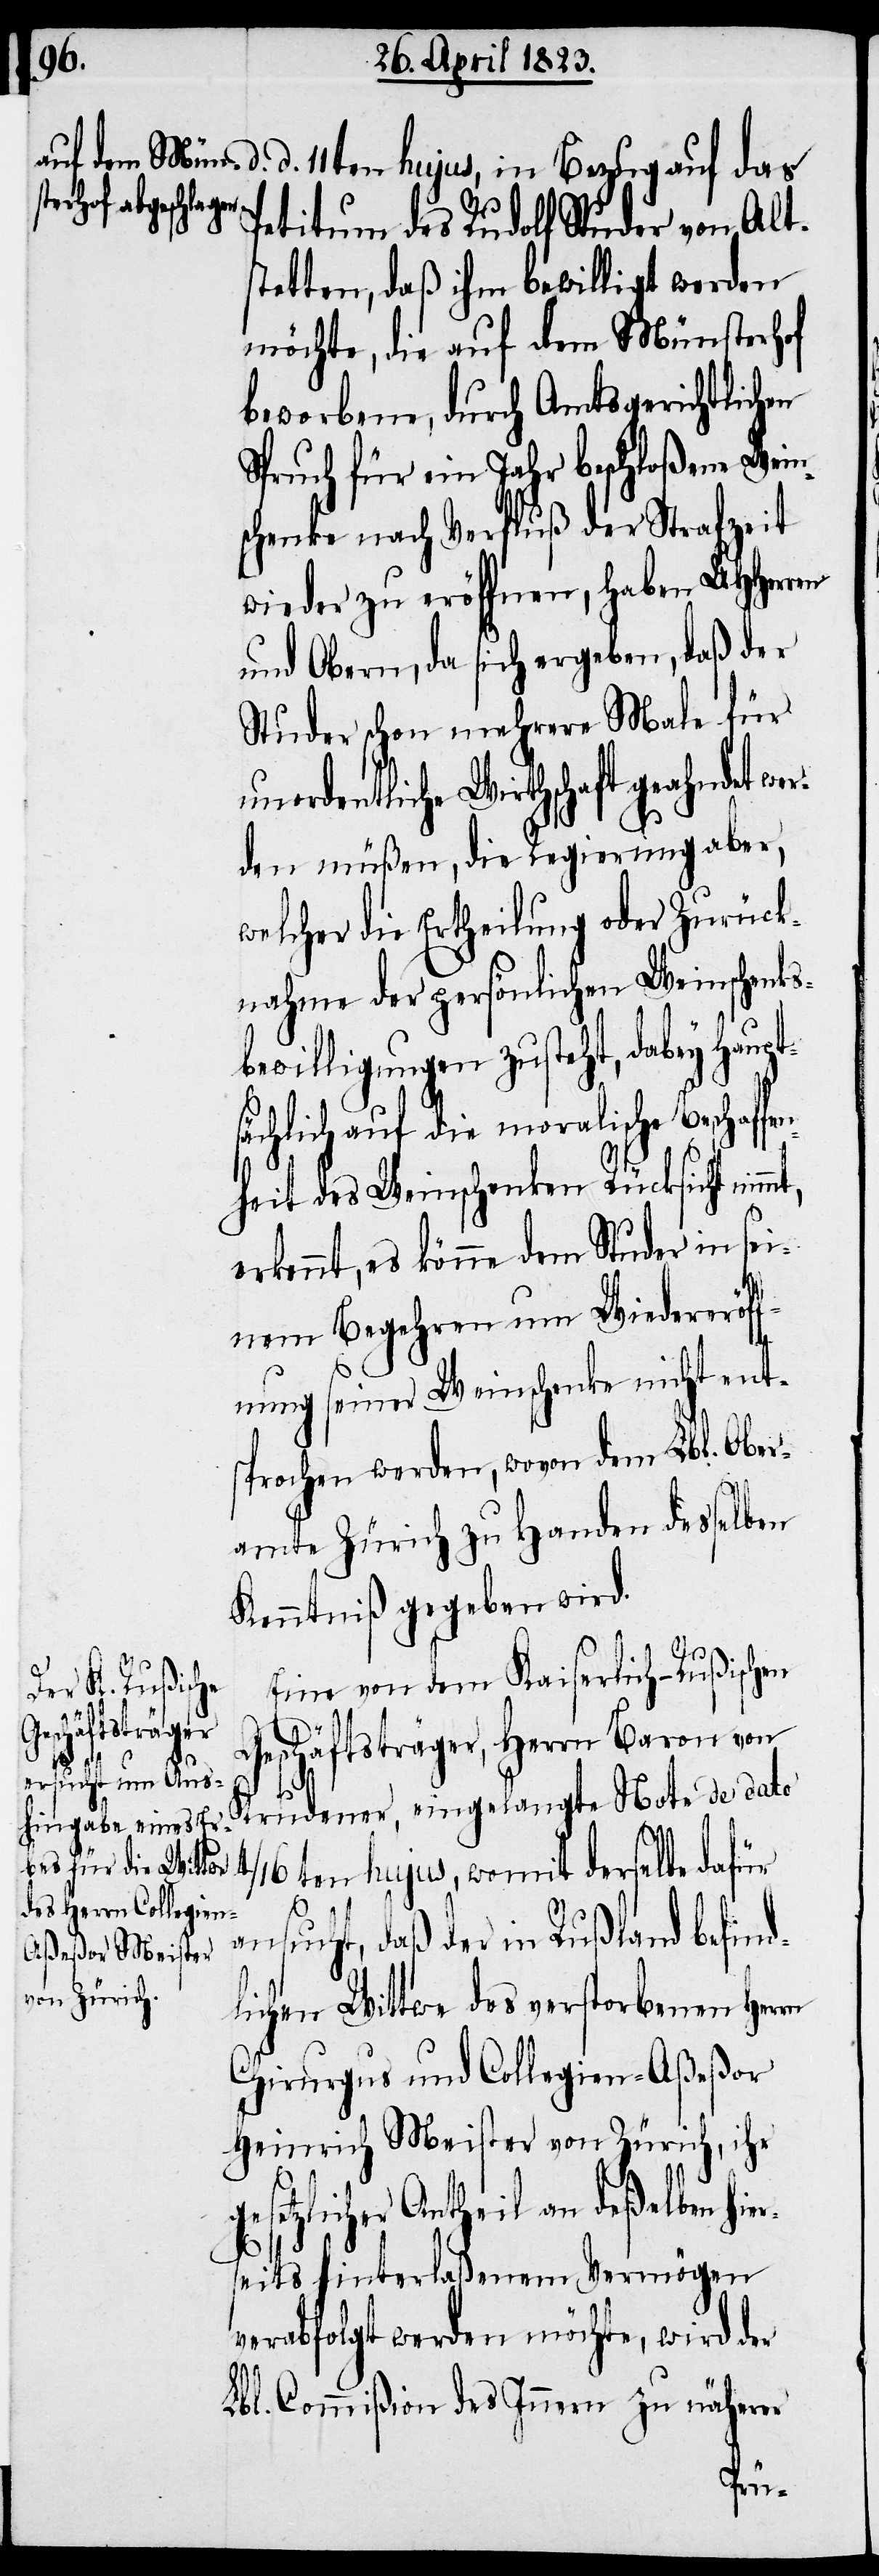
d. d. 11ten hujus, in Bezug auf das
Petitum des Rudolf Studer von Alt¬
stetten, daß ihm bewilligt werden
möchte, die auf dem Münsterhof
beworbene, durch Amtsgerichtlichen
Spruch für ein Jahr beschloßene Wein¬
schenke nach Verfluß der Strafzeit
wieder zu eröffnen, haben UHHerren
und Obern, da sich ergeben, daß der
Studer schon mehrere Male für
unordentliche Wirthschaft geahndet wer¬
den müßen, die Regierung aber,
welcher die Ertheilung oder Zurück¬
nahme der persönlichen Weinschenks¬
bewilligungen zusteht, dabey haupt¬
sächlich auf die moralische Beschaf¬
heit des Weinschenken Rücksicht nim¬
erkennt, es könne dem Studer in sei¬
nem Begehren um Wiedereröff¬
nung seiner Weinschenke nicht ent¬
sprochen werden, wovon dem Lbl. Ober¬
amte Zürich zu Handen desselben
Kenntniß gegeben wird.
er¬
Eine von dem Kaiserlich-Rußischen
Geschäftsträger, Herrn Baron von
Krudener, eingelangte Note de dato
mt,
4/16ten hujus, womit derselbe dafür
ansucht, daß der in Rußland befind¬
lichen Wittwe des verstorbenen Her¬
Chirurgus und Collegien-Aßeßor
Heinrich Meister von Zürich, ihr
gesetzlicher Antheil an deßelben hi¬
seits hinterlaßenem Vermögen
verabfolgt werden möchte, wird der
Lbl. Commißion des Innern zu näherer
fen¬